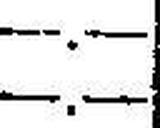
—.—